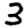
Digit: 3